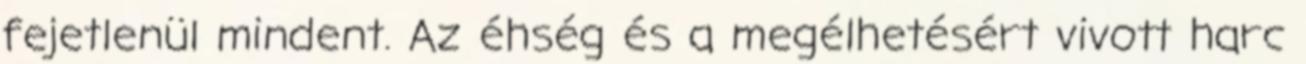
fejetlenül mindent. Az éhség és a megélhetésért vivott harc